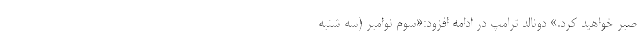
صبر خواهید کرد.» دونالد ترامپ در ادامه افزود:«سوم نوامبر (سه شنبه